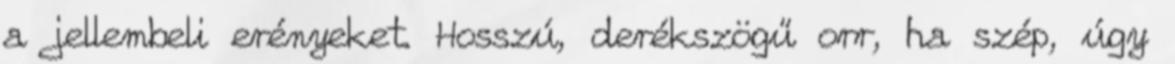
a jellembeli erényeket. Hosszú, derékszögű orr, ha szép, úgy